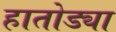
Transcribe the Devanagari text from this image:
हातोड्या